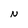
Character: N